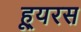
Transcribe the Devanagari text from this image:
ह्यूरस